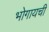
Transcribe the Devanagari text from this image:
भोगायची